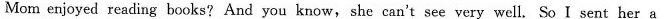
Mom enjoyed reading books? And you know, she can't see very well. So I sent her a